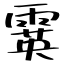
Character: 霙